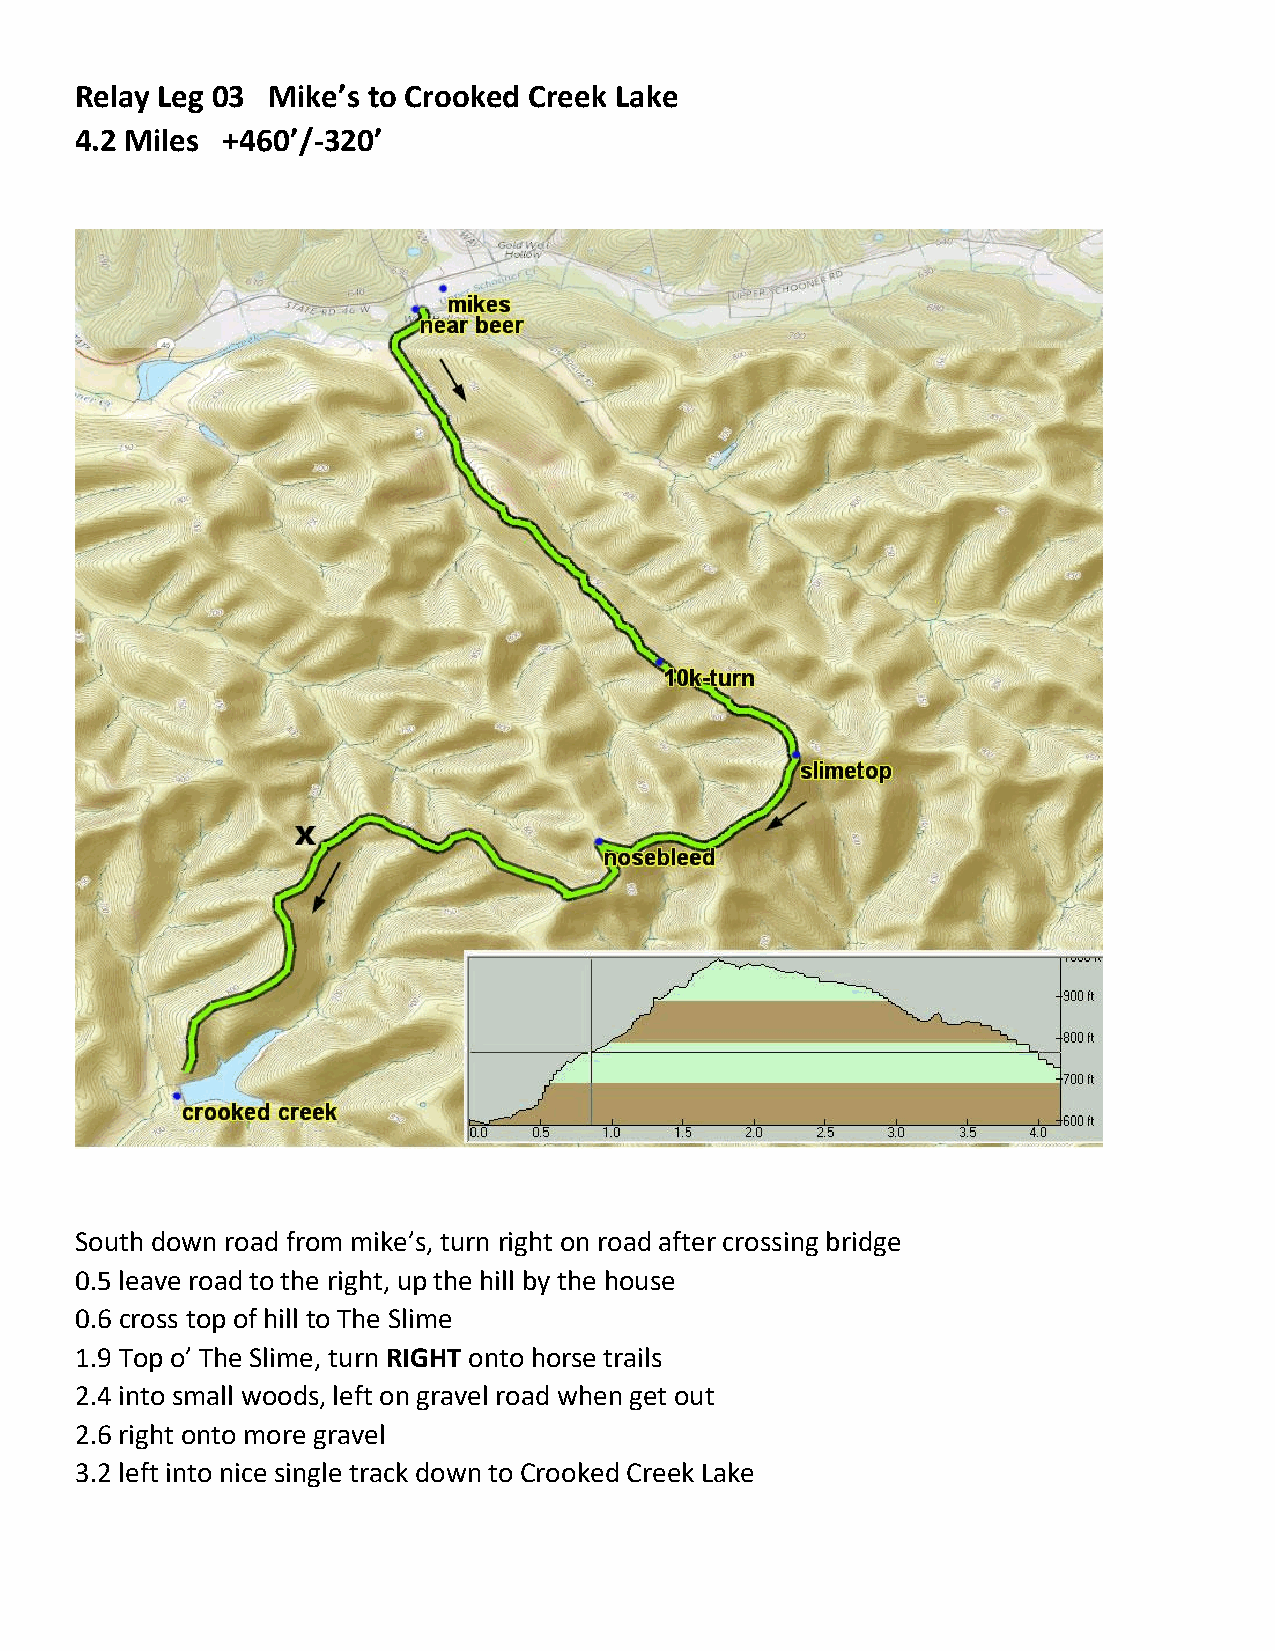
Relay Leg 03 Mike’s to Crooked Creek Lake
 4.2 Miles +460’/-320’
 South down road from mike’s, turn right on road after crossing bridge
 0.5 leave road to the right, up the hill by the house
 0.6 cross top of hill to The Slime
 1.9 Top o’ The Slime, turn RIGHT onto horse trails
 2.4 into small woods, left on gravel road when get out
 2.6 right onto more gravel
 3.2 left into nice single track down to Crooked Creek Lake